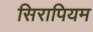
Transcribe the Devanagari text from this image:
सिरापियम